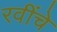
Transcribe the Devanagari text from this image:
रवींचे